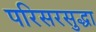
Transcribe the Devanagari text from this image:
परिसरसुद्धा